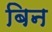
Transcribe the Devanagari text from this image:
बिन